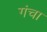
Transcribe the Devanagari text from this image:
गंचा